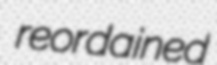
reordained